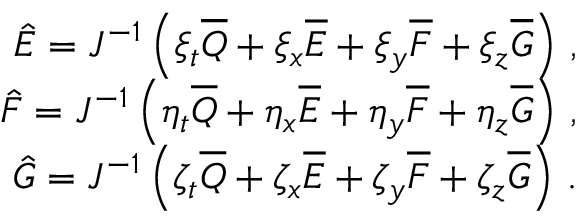
\begin{array} { r } { \hat { E } = J ^ { - 1 } \left( \xi _ { t } \overline { { Q } } + \xi _ { x } \overline { { E } } + \xi _ { y } \overline { { F } } + \xi _ { z } \overline { { G } } \right) \, \mathrm { , } } \\ { \hat { F } = J ^ { - 1 } \left( \eta _ { t } \overline { { Q } } + \eta _ { x } \overline { { E } } + \eta _ { y } \overline { { F } } + \eta _ { z } \overline { { G } } \right) \, \mathrm { , } } \\ { \hat { G } = J ^ { - 1 } \left( \zeta _ { t } \overline { { Q } } + \zeta _ { x } \overline { { E } } + \zeta _ { y } \overline { { F } } + \zeta _ { z } \overline { { G } } \right) \, \mathrm { . } } \end{array}